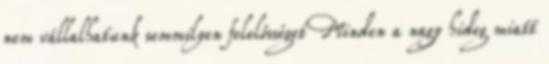
nem vállalhatunk semmilyen felelősséget Minden a nagy hideg miatt